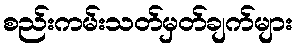
စည်းကမ်းသတ်မှတ်ချက်များ